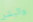
والبشر